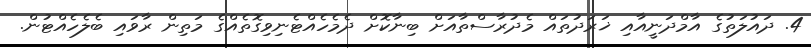
4. ދައުލަތުގެ އާމްދަނީއާއި ޚަރަދުތައް މެދުރާސްތާއަށް ބިނާކޮށް ދެމެހެއްޓެނިވިގޮތެއްގެ މަތިން ރާވައި ބެލެހެއްޓުން.